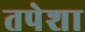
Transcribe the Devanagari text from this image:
तपेशा